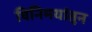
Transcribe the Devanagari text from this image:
विनिमयांतून